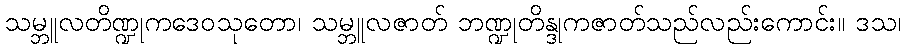
သမ္ဘူလတိဏ္ဍုကဒေဝသုတော၊ သမ္ဘူလဇာတ် ဘဏ္ဍုတိန္ဒုကဇာတ်သည်လည်းကောင်း။ ဒသ၊